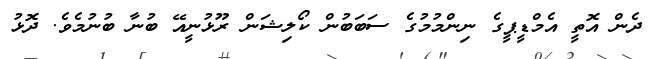
ދެން އޮތީ އެމްޑީޕީގެ ނިންމުމުގެ ސަބަބުން ކޯލިޝަން ރޫޅުނީއޭ ބުނާ ބުނުމެވެ. ދޮޅު